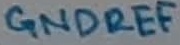
Text: GNDREF